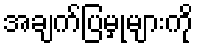
အချက်ပြမှုများကို